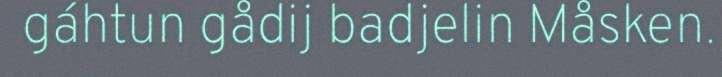
gáhtun gådij badjelin Måsken.